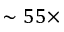
\sim 5 5 \times